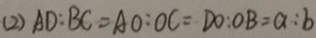
( 2 ) A D : B C = A O : O C = D O : O B = a : b